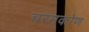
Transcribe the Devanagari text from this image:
चरमकोण